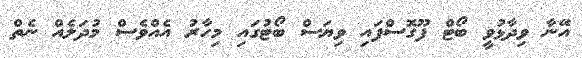
އޭނާ ވިދާޅުވީ ބޯޓް ފޫގޮސްފައި ވިޔަސް ބޯޓުގައި މިހާރު އެއްވެސް މުދަލެއް ނެތް